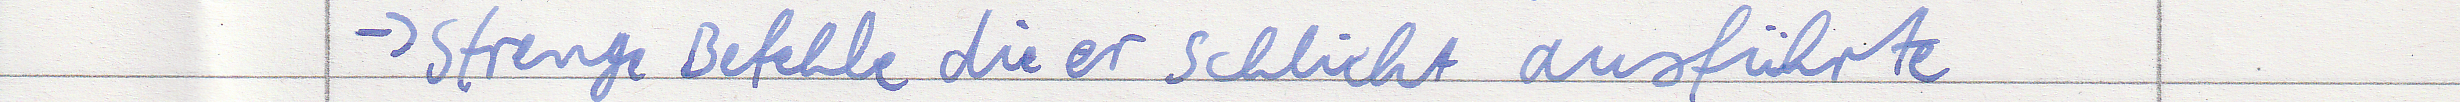
-> strenge Befehle die er schlicht ausführte